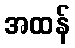
အထန်